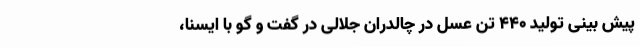
پیش بینی تولید 440 تن عسل در چالدران جلالی در گفت و گو با ایسنا،